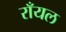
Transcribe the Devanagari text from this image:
राँयल